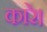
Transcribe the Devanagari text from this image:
कारे।